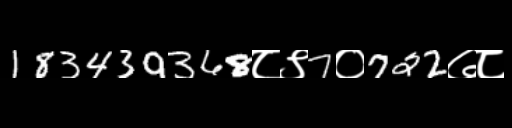
Text: 183439368८९7०722७८